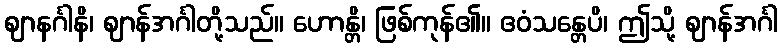
ဈာနင်္ဂါနိ၊ ဈာန်အင်္ဂါတို့သည်။ ဟောန္တိ၊ ဖြစ်ကုန်၏။ ဧဝံသန္တေပိ၊ ဤသို့ ဈာန်အင်္ဂါ